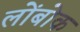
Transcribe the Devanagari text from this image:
लोंबोक